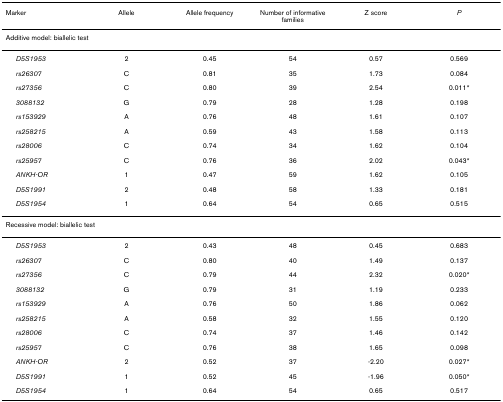
| Marker | Allele | Allele frequency | Number of informative families | Z score | P |
 | --- | --- | --- | --- | --- | --- |
 | <COLSPAN=6> Additive model: biallelic test |
 | D5S1953 | 2 | 0.45 | 54 | 0.57 | 0.569 |
 | rs26307 | C | 0.81 | 35 | 1.73 | 0.084 |
 | rs27356 | C | 0.80 | 39 | 2.54 | 0.011* |
 | 3088132 | G | 0.79 | 28 | 1.28 | 0.198 |
 | rs153929 | A | 0.76 | 48 | 1.61 | 0.107 |
 | rs258215 | A | 0.59 | 43 | 1.58 | 0.113 |
 | rs28006 | C | 0.74 | 34 | 1.62 | 0.104 |
 | rs25957 | C | 0.76 | 36 | 2.02 | 0.043* |
 | ANKH-OR | 1 | 0.47 | 59 | 1.62 | 0.105 |
 | D5S1991 | 2 | 0.48 | 58 | 1.33 | 0.181 |
 | D5S1954 | 1 | 0.64 | 54 | 0.65 | 0.515 |
 | <COLSPAN=6> Recessive model: biallelic test |
 | D5S1953 | 2 | 0.43 | 48 | 0.45 | 0.683 |
 | rs26307 | C | 0.80 | 40 | 1.49 | 0.137 |
 | rs27356 | C | 0.79 | 44 | 2.32 | 0.020* |
 | 3088132 | G | 0.79 | 31 | 1.19 | 0.233 |
 | rs153929 | A | 0.76 | 50 | 1.86 | 0.062 |
 | rs258215 | A | 0.58 | 32 | 1.55 | 0.120 |
 | rs28006 | C | 0.74 | 37 | 1.46 | 0.142 |
 | rs25957 | C | 0.76 | 38 | 1.65 | 0.098 |
 | ANKH-OR | 2 | 0.52 | 37 | -2.20 | 0.027* |
 | D5S1991 | 1 | 0.52 | 45 | -1.96 | 0.050* |
 | D5S1954 | 1 | 0.64 | 54 | 0.65 | 0.517 |